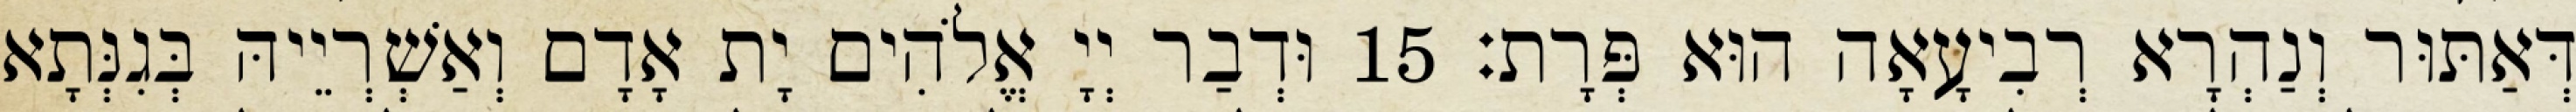
דְּאַתּוּר וְנַהְרָא רְבִיעָאָה הוּא פְּרָת׃ 15 וּדְבַר יְיָ אֱלֹהִים יָת אָדָם וְאַשְׁרְיֵיהּ בְּגִנְּתָא